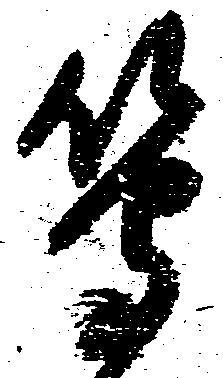
等